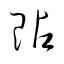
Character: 貼